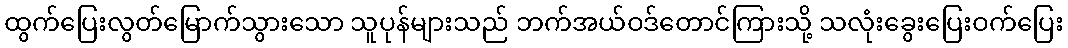
ထွက်ပြေးလွတ်မြောက်သွားသော သူပုန်များသည် ဘက်အယ်ဝဒ်တောင်ကြားသို့ သလုံးခွေးပြေးဝက်ပြေး